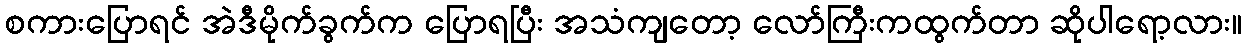
စကားပြောရင် အဲဒီမိုက်ခွက်က ပြောရပြီး အသံကျတော့ လော်ကြီးကထွက်တာ ဆိုပါရော့လား။